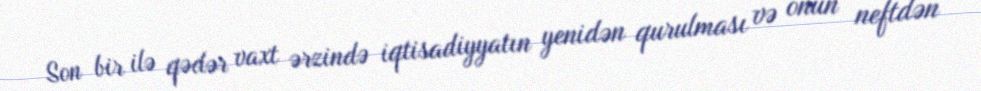
Son bir ilə qədər vaxt ərzində iqtisadiyyatın yenidən qurulması və onun neftdən